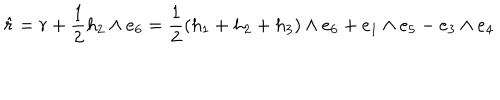
LaTeX: \hat { r } = r + \frac { 1 } { 2 } h _ { 2 } \wedge e _ { 6 } = \frac { 1 } { 2 } ( h _ { 1 } + h _ { 2 } + h _ { 3 } ) \wedge e _ { 6 } + e _ { 1 } \wedge e _ { 5 } - e _ { 3 } \wedge e _ { 4 }